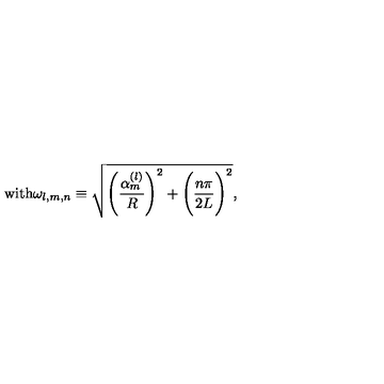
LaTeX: \mathrm { w i t h } \omega _ { l , m , n } \equiv \sqrt { \Biggl ( \frac { \alpha _ { m } ^ { ( l ) } } R \Biggr ) ^ { 2 } + \Biggl ( \frac { n \pi } { 2 L } \Biggr ) ^ { 2 } } ,